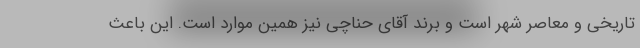
تاریخی و معاصر شهر است و برند آقای حناچی نیز همین موارد است. این باعث